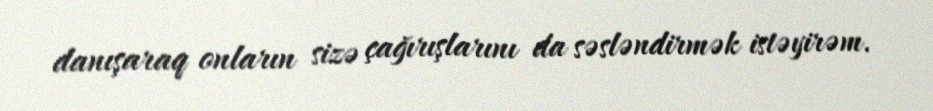
danışaraq onların sizə çağırışlarını da səsləndirmək istəyirəm.